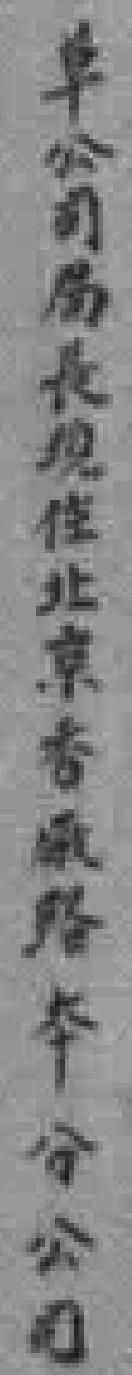
草公司局長現住北京香*路本分公司